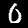
Digit: 0